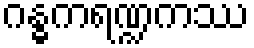
ဂန္ဓကရဏ္ဍကဿ